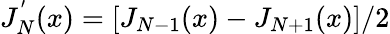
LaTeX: J_{N}^{'}(x)=[J_{N-1}(x)-J_{N+1}(x)]/2